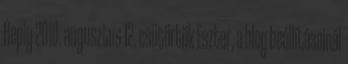
Reply 2010. augusztus 12. csütörtök Eszter, a blog beállításainál